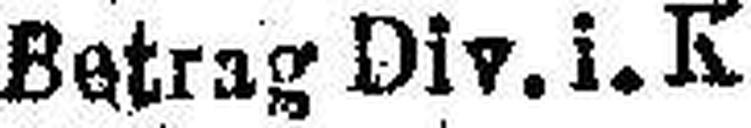
Betrag Div. i. K